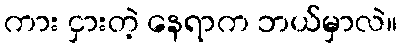
ကား ငှားတဲ့ နေရာက ဘယ်မှာလဲ။